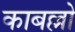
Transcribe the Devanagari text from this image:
काबल्लो